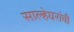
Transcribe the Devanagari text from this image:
साल्हेघरांची